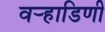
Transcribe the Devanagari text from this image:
वर्‍हाडिणी